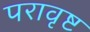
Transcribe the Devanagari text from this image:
परावृष्ट